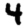
Digit: 4